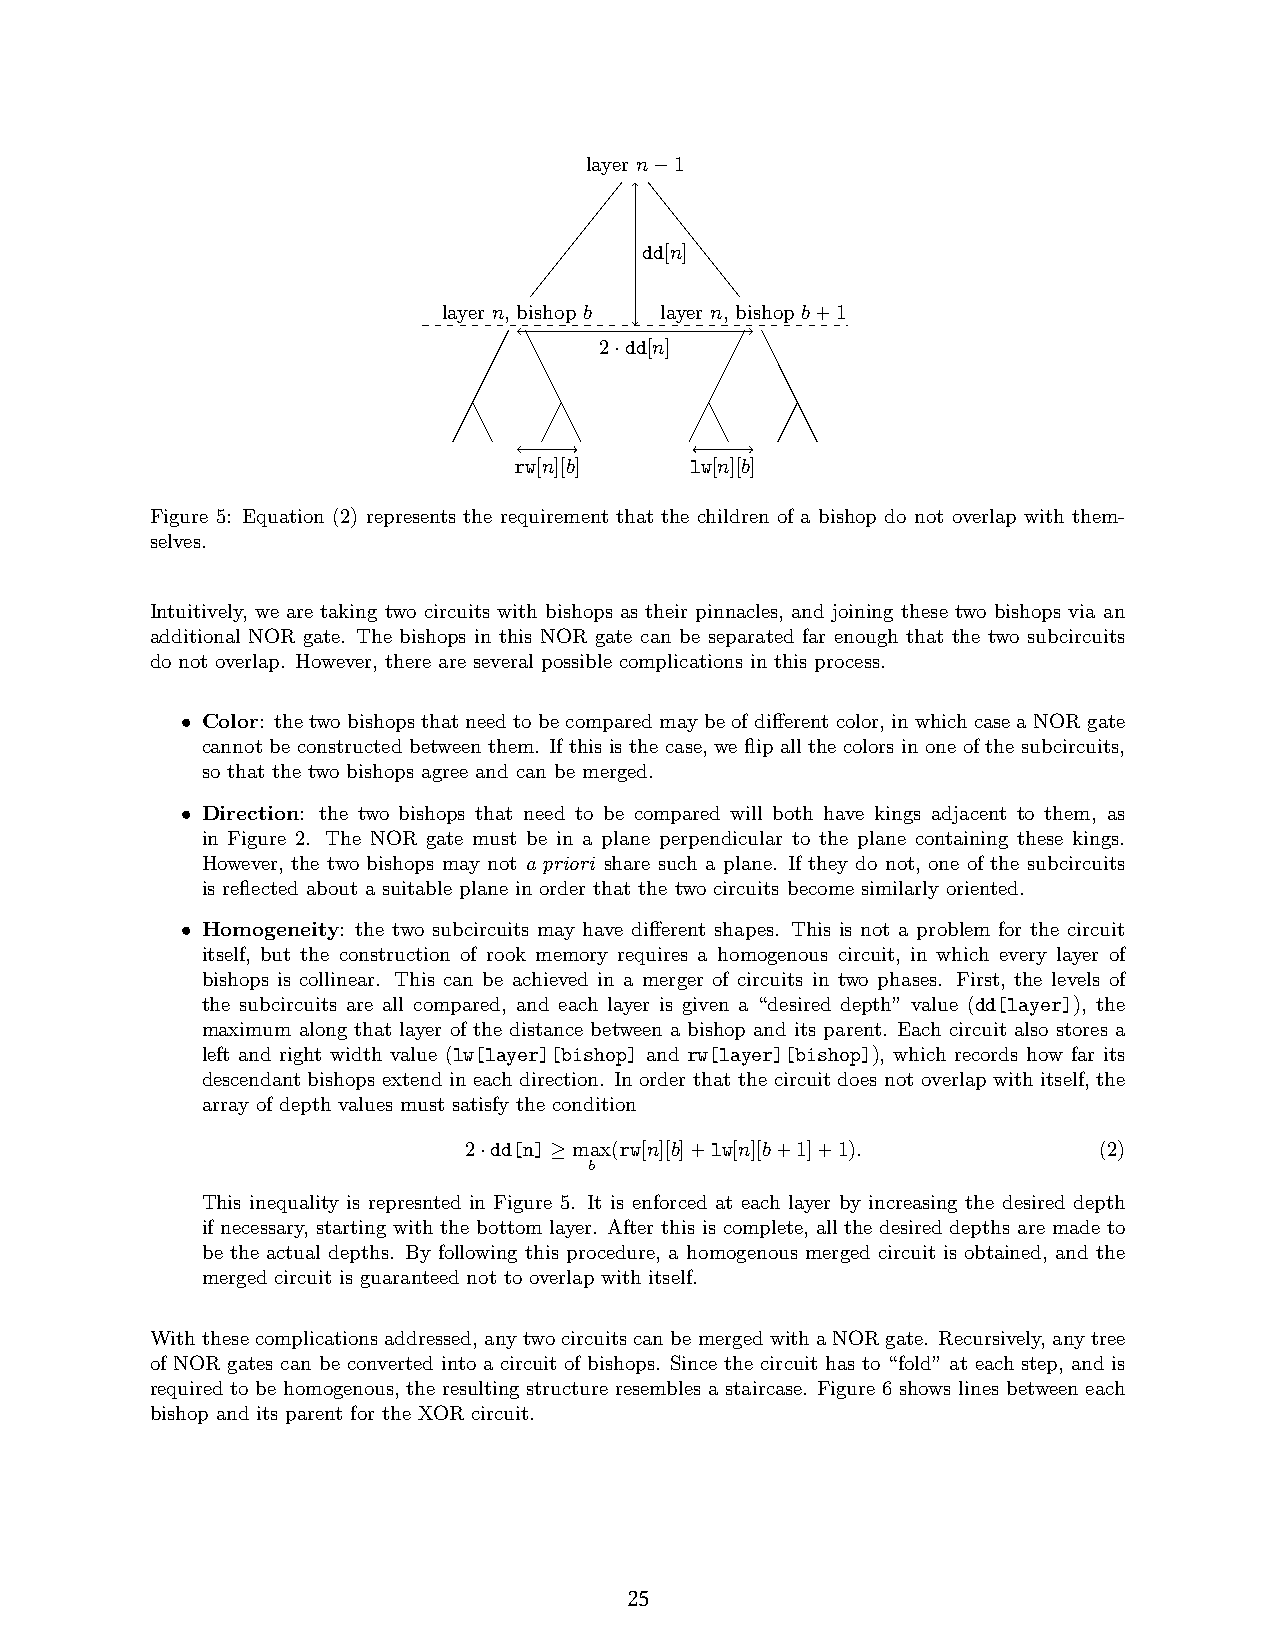
layer n 1
 −
 dd[n]
 layer n, bishop b layer n, bishop b+1
 2 dd[n]
 ·
 rw[n][b]    lw[n][b]
 Figure 5: Equation (2) represents the requirement that the children of a bishop do not overlap with them-
 selves.
 Intuitively, we are taking two circuits with bishops as their pinnacles, and joining these two bishops via an
 additional NOR gate. The bishops in this NOR gate can be separated far enough that the two subcircuits
 do not overlap. However, there are several possible complications in this process.
 • Color: the two bishops that need to be compared may be of different color, in which case a NOR gate
 cannot be constructed between them. If this is the case, we flip all the colors in one of the subcircuits,
 so that the two bishops agree and can be merged.
 • Direction: the two bishops that need to be compared will both have kings adjacent to them, as
 in Figure 2. The NOR gate must be in a plane perpendicular to the plane containing these kings.
 However, the two bishops may not a priori share such a plane. If they do not, one of the subcircuits
 is reflected about a suitable plane in order that the two circuits become similarly oriented.
 • Homogeneity: the two subcircuits may have different shapes. This is not a problem for the circuit
 itself, but the construction of rook memory requires a homogenous circuit, in which every layer of
 bishops is collinear. This can be achieved in a merger of circuits in two phases. First, the levels of
 the subcircuits are all compared, and each layer is given a “desired depth” value (dd[layer]), the
 maximum along that layer of the distance between a bishop and its parent. Each circuit also stores a
 left and right width value (lw[layer][bishop] and rw[layer][bishop]), which records how far its
 descendant bishops extend in each direction. In order that the circuit does not overlap with itself, the
 array of depth values must satisfy the condition
 2 dd[n] max(rw[n][b]+lw[n][b+1]+1).       (2)
 ·   ≥  b
 This inequality is represnted in Figure 5. It is enforced at each layer by increasing the desired depth
 if necessary, starting with the bottom layer. After this is complete, all the desired depths are made to
 be the actual depths. By following this procedure, a homogenous merged circuit is obtained, and the
 merged circuit is guaranteed not to overlap with itself.
 Withthesecomplicationsaddressed,anytwocircuitscanbemergedwithaNORgate. Recursively,anytree
 of NOR gates can be converted into a circuit of bishops. Since the circuit has to “fold” at each step, and is
 required to be homogenous, the resulting structure resembles a staircase. Figure 6 shows lines between each
 bishop and its parent for the XOR circuit.
 4
 25